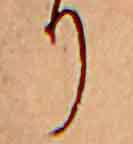
り